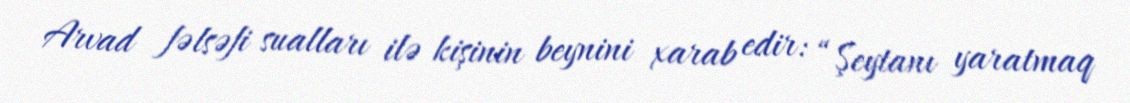
Arvad fəlsəfi sualları ilə kişinin beynini xarab edir: “Şeytanı yaratmaq